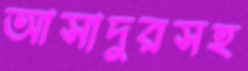
আসাদুরসহ